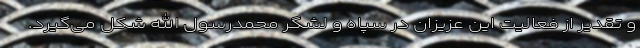
و تقدیر از فعالیت این عزیزان در سپاه و لشگر محمدرسول الله شکل می‌گیرد.